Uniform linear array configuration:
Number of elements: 8
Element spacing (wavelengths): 0.75
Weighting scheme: cosine
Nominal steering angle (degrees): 45
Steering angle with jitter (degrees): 44.286
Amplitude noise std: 0.05
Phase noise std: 0.05

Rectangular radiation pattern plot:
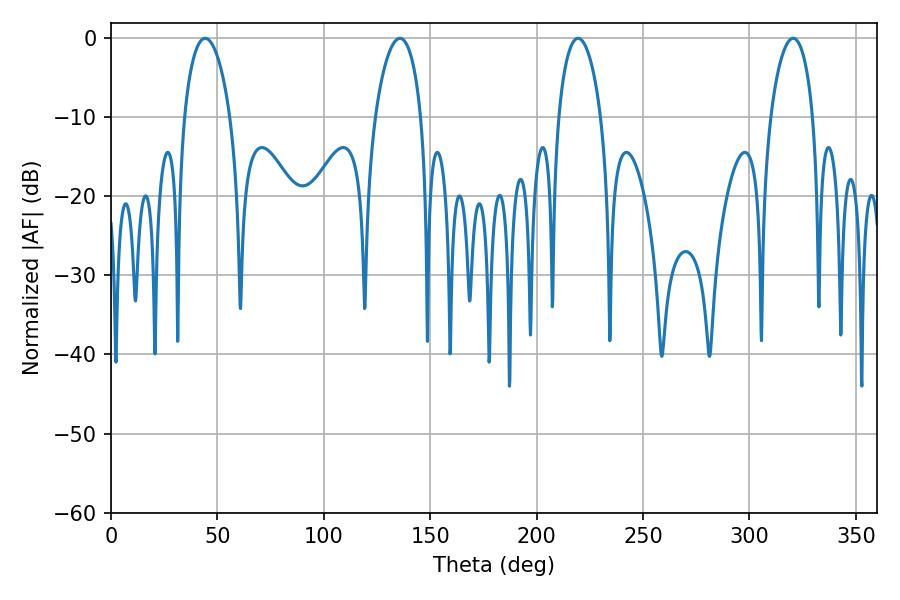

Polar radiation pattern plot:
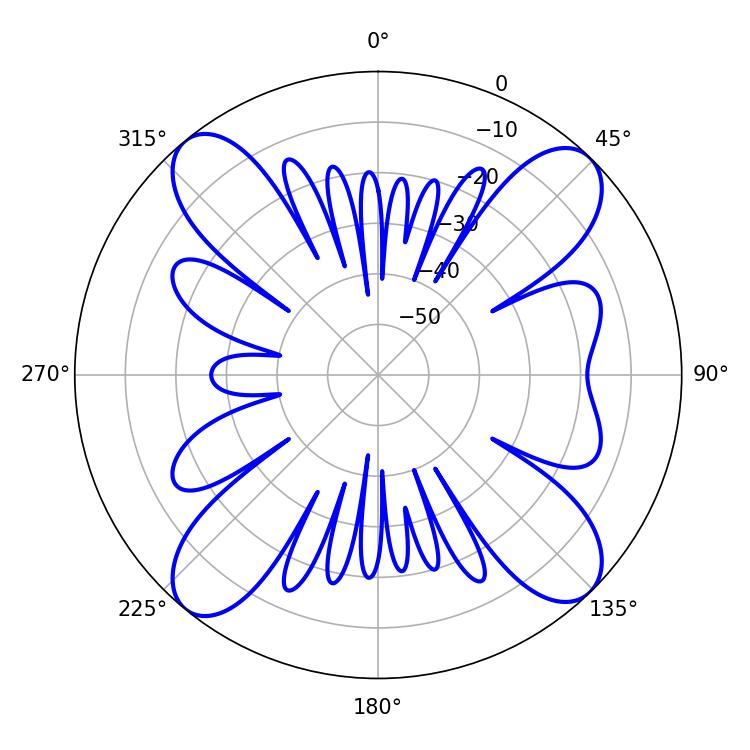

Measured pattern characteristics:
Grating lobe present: TRUE
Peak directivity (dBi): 15.142
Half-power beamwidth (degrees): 12.42
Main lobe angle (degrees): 44.28